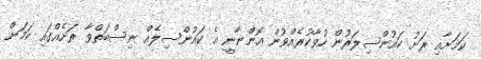
ކަމަށާއި ރަށު ކައުންސިލަރުން ހުވާކުރެއްވުން އޮންނާނީ އެ ކައުންސިލެއް ނިސްބަތްވާ ރަށެއްގައި ކަމަށް